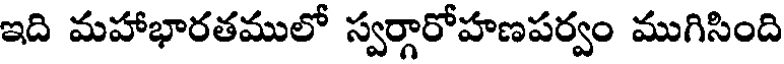
ఇది మహాభారతములో స్వర్గారోహణపర్వం ముగిసింది